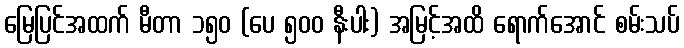
မြေပြင်အထက် မီတာ ၁၅၀ (ပေ ၅၀၀ နီးပါး) အမြင့်အထိ ရောက်အောင် စမ်းသပ်